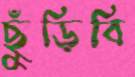
ছুঁড়িবি